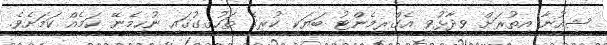
ޝިއުނާ އިތުރަށް ވިދާޅުވީ އެގްރީމެންޓު ބަޔަކީ ކުރީގެ ތަހުގީގުގައި ނުހިމެނޭ ކަމެއް ކަމަށެވެ.